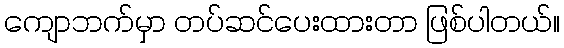
ကျောဘက်မှာ တပ်ဆင်ပေးထားတာ ဖြစ်ပါတယ်။